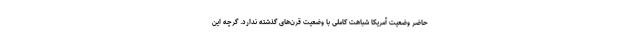
حاضر وضعیت آمریکا شباهت کاملی با وضعیت قرن‌های گذشته ندارد. گرچه این